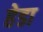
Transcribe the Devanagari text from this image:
हेडा